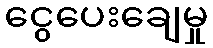
ငွေပေးချေမှု